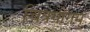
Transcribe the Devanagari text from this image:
चित्रयोगम्